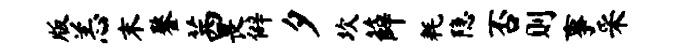
版恙末鏊茜畏僻夕坎薛耗隐否则事采